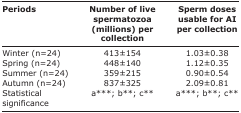
<table><thead><tr><td><b>Periods</b></td><td><b>Number of live spermatozoa (millions) per collection</b></td><td><b>Sperm doses usable for AI per collection</b></td></tr></thead><tbody><tr><td>Winter (n=24)</td><td>413±154</td><td>1.03±0.38</td></tr><tr><td>Spring (n=24)</td><td>448±140</td><td>1.12±0.35</td></tr><tr><td>Summer (n=24)</td><td>359±215</td><td>0.90±0.54</td></tr><tr><td>Autumn (n=24)</td><td>837±325</td><td>2.09±0.81</td></tr><tr><td>Statistical significance</td><td>a***; b**; c**</td><td>a***; b**; c**</td></tr></tbody></table>